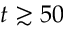
t \gtrsim 5 0